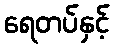
ရေတပ်နှင့်